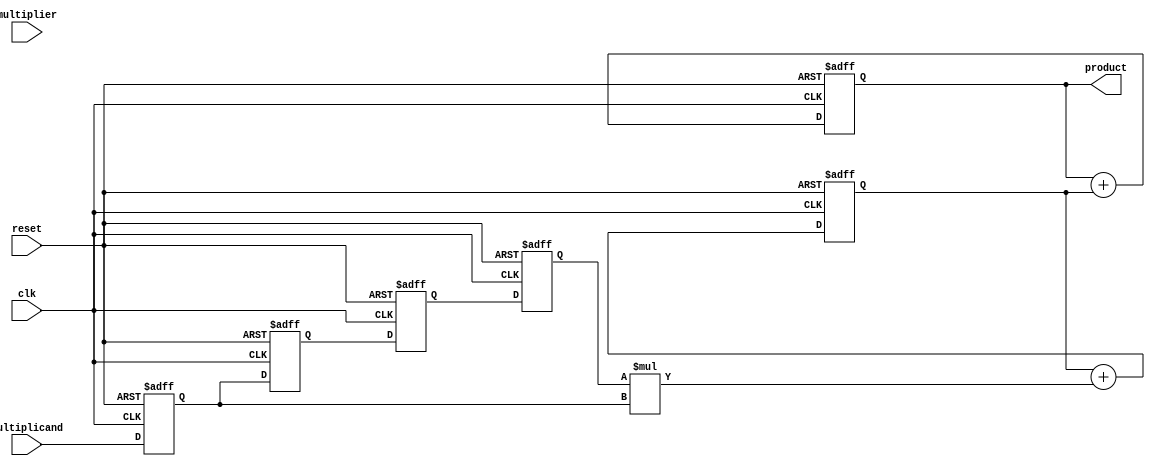
module systolic_multiplier #(
    parameter WIDTH = 4 // Bit-width for multiplicand and multiplier
)(
    input wire clk,
    input wire reset,
    input wire [WIDTH-1:0] multiplicand, // Input multiplicand
    input wire [WIDTH-1:0] multiplier,    // Input multiplier
    output reg [2*WIDTH-1:0] product      // Output product
);

    // Define the processing elements (PEs)
    reg [WIDTH-1:0] pe [0:WIDTH-1][0:WIDTH-1]; // PEs array
    reg [2*WIDTH-1:0] partial_sum [0:WIDTH-1]; // To accumulate partial sums

    integer i, j;

    // Systolic multiplier control logic
    always @(posedge clk or posedge reset) begin
        if (reset) begin
            // Reset all registers
            product <= 0;
            for (i = 0; i < WIDTH; i = i + 1) begin
                for (j = 0; j < WIDTH; j = j + 1) begin
                    pe[i][j] <= 0;
                end
                partial_sum[i] <= 0;
            end
        end else begin
            // Load multiplicand into the first column of PEs
            for (i = 0; i < WIDTH; i = i + 1) begin
                if (i < WIDTH) begin
                    pe[i][0] <= multiplicand; // Load multiplicand
                end
            end
            
            // Load multiplier into the first row of PEs
            for (j = 0; j < WIDTH; j = j + 1) begin
                if (j < WIDTH) begin
                    pe[0][j] <= multiplier[j]; // Load multiplier
                end
            end

            // Perform the multiplication in a systolic manner
            for (i = 0; i < WIDTH; i = i + 1) begin
                for (j = 0; j < WIDTH; j = j + 1) begin
                    if (j == 0) begin
                        // Multiply the first column with the first row
                        partial_sum[i] <= pe[i][j] * pe[j][0];
                    end else begin
                        // Shift and accumulate results
                        pe[i][j] <= pe[i][j-1];
                        partial_sum[i] <= partial_sum[i] + (pe[i][j] * pe[j][0]);
                    end
                end
            end
            
            // Final product accumulation
            product <= 0;
            for (i = 0; i < WIDTH; i = i + 1) begin
                product <= product + partial_sum[i];
            end
        end
    end

endmodule